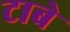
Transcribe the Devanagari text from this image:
टाबे